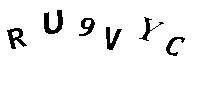
RU9VYC